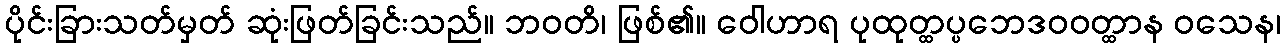
ပိုင်းခြားသတ်မှတ် ဆုံးဖြတ်ခြင်းသည်။ ဘဝတိ၊ ဖြစ်၏။ ဝေါဟာရ ပုထုတ္ထပ္ပဘေဒဝဝတ္ထာန ဝသေန၊